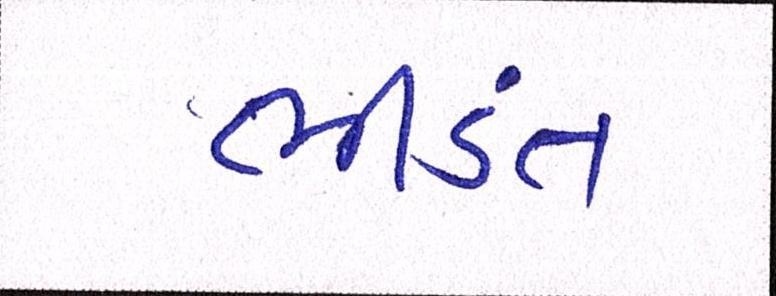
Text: ભીડંત